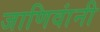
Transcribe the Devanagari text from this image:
जाणिवांनी